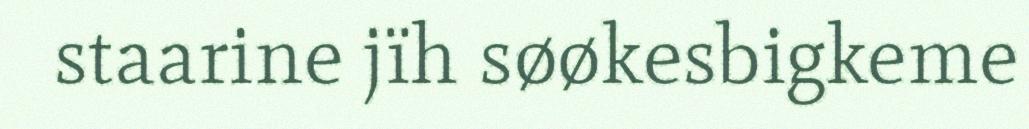
staarine jïh søøkesbigkeme